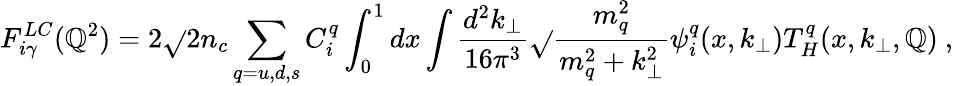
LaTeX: F_{i\gamma}^{LC}(\mathbb{Q}^{2})=2\sqrt{}{{2n_{c}}}\sum_{q=u,d,s}C_{i}^{q}\int_{0}^{1}dx\int\frac{{d^{2}k_{\perp}}}{{16\pi^{3}}}\sqrt{}{{\frac{{m_{q}^{2}}}{{m_{q}^{2}+k_{\perp}^{2}}}}}\psi_{i}^{q}(x,k_{\perp})T_{H}^{q}(x,k_{\perp},\mathbb{Q})\ ,